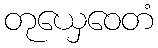
တုယှေဝေတံ